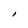
Character: l